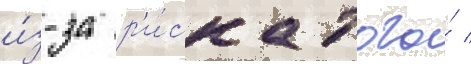
и́з-за р'и́ска того́ /